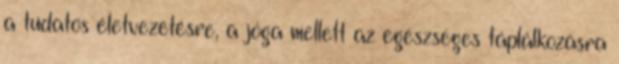
a tudatos életvezetésre, a jóga mellett az egészséges táplálkozásra